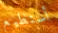
أستطيع